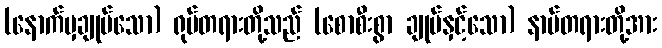
(နောက်မှချုပ်သော) ရုပ်တရားတို့သည် (စောစီးစွာ ချုပ်နှင့်သော) နာမ်တရားတို့အား